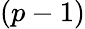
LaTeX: (p-1)